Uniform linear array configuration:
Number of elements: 64
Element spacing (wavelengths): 0.75
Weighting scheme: cosine
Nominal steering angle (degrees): -15
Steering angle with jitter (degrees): -16.831
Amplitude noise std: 0.05
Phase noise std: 0.05

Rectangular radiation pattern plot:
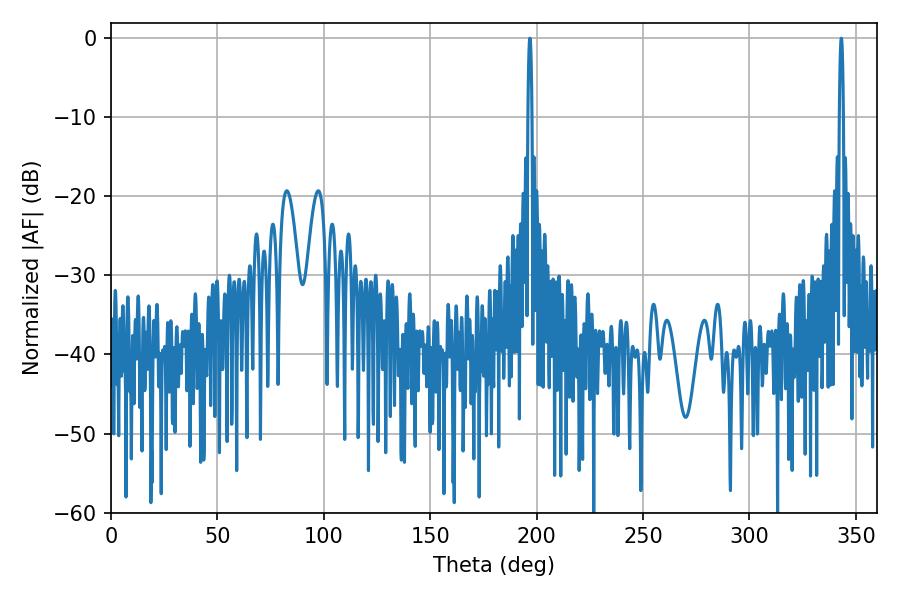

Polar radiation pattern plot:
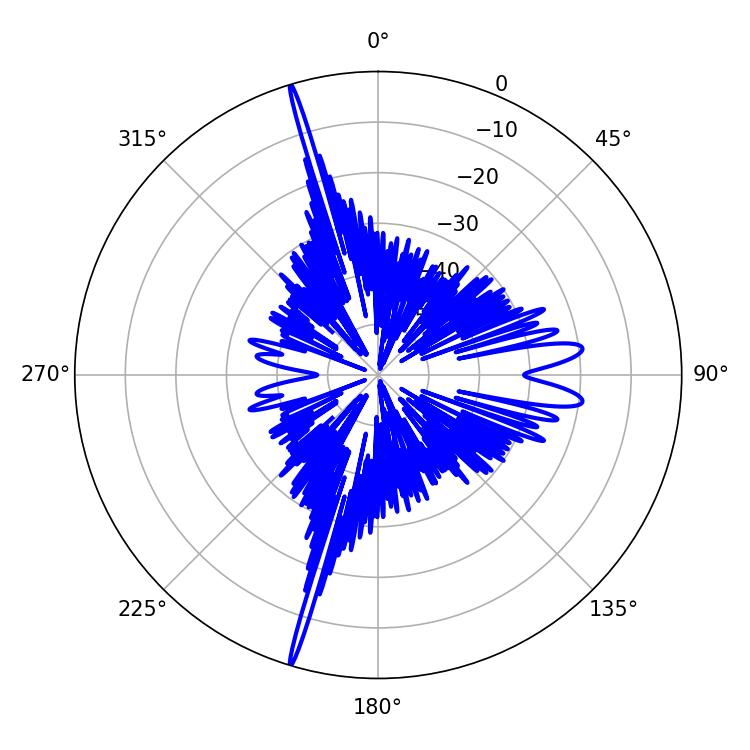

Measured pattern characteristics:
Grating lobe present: TRUE
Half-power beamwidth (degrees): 0.9
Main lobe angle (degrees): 343.08